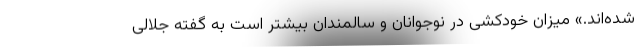
شده‌اند.» میزان خودکشی در نوجوانان و سالمندان بیشتر است به گفته جلالی